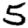
Digit: 5